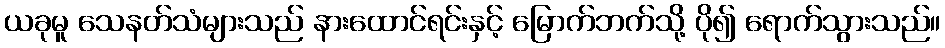
ယခုမူ သေနတ်သံများသည် နားထောင်ရင်းနှင့် မြောက်ဘက်သို့ ပို၍ ရောက်သွားသည်။